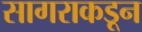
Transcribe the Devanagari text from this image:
सागराकडून